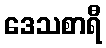
ဒေသစာရီ